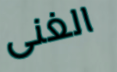
الغنى